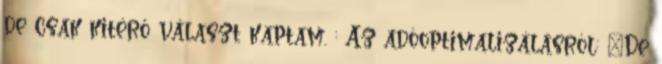
de csak kitérő választ kaptam. : Az adóoptimalizálásról: "De